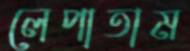
লেপাতাম